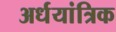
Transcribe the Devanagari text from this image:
अर्धयांत्रिक